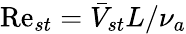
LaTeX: \mathrm{Re}_{st}=\bar{V}_{st}L/\nu_{a}